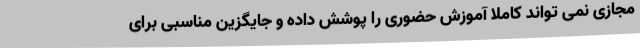
مجازی نمی تواند کاملا آموزش حضوری را پوشش داده و جایگزین مناسبی برای